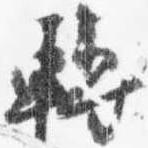
転